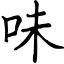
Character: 味